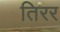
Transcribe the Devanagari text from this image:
तिरर